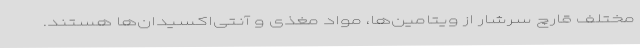
مختلف قارچ سرشار از ویتامین‌ها، مواد مغذی و آنتی‌اکسیدان‌ها هستند.